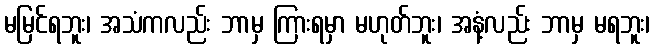
မမြင်ရဘူး၊ အသံကလည်း ဘာမှ ကြားရမှာ မဟုတ်ဘူး၊ အနံ့လည်း ဘာမှ မရဘူး၊